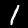
Digit: 1